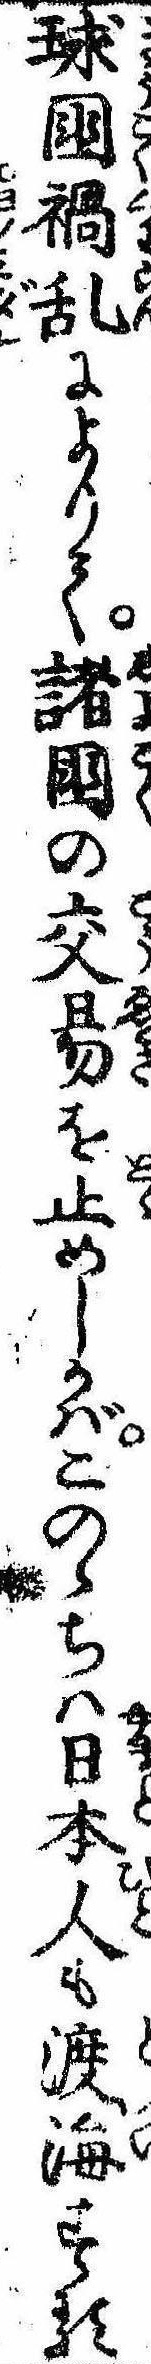
球国禍乱によりて諸国の交易を止めしかばこのゝちは日本人も渡海する